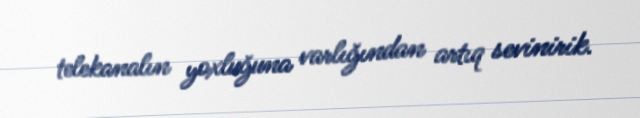
telekanalın yoxluğuna varlığından artıq sevinirik.